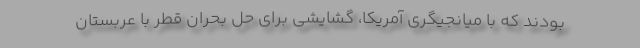
بودند که با میانجیگری آمریکا، گشایشی برای حل بحران قطر با عربستان